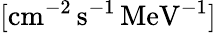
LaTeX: \mathrm{[cm^{-2}\, s^{-1}\, MeV^{-1}]}